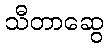
သီတာဆွေ